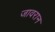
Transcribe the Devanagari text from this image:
जावरान